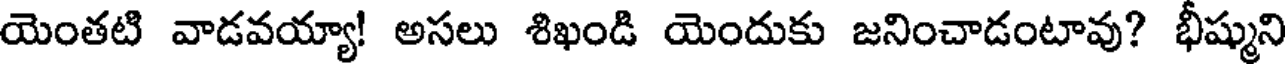
యెంతటి వాడవయ్యా! అసలు శిఖండి యెందుకు జనించాడంటావు? భీష్ముని